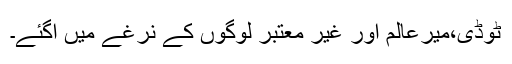
ٹوڈی،میرعالم اور غیر معتبر لوگوں کے نرغے میں آگئے۔